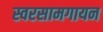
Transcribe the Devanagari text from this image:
स्वरसामगायन